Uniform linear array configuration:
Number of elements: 12
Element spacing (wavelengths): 1
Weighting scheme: exponential
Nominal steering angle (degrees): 15
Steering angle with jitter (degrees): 13.433
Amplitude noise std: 0.05
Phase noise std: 0.05

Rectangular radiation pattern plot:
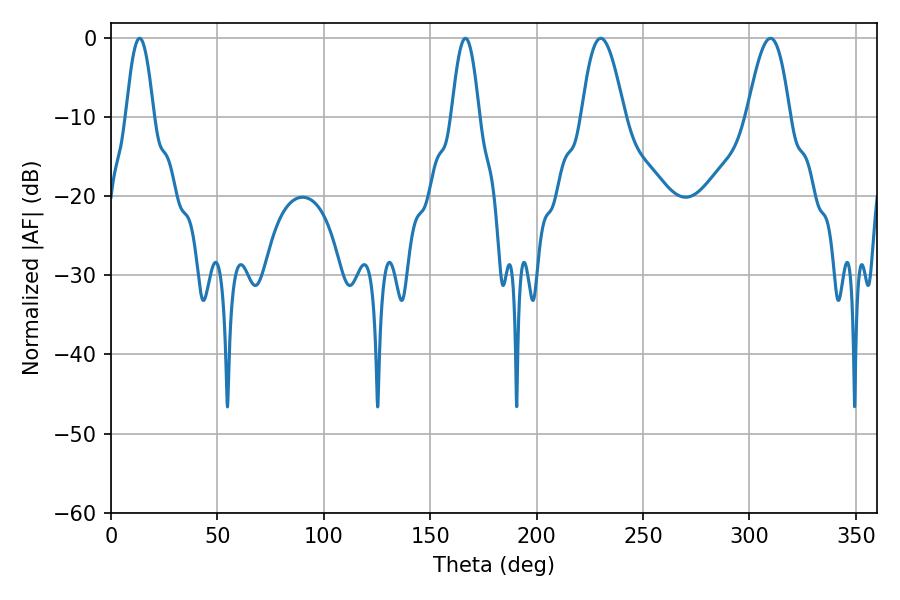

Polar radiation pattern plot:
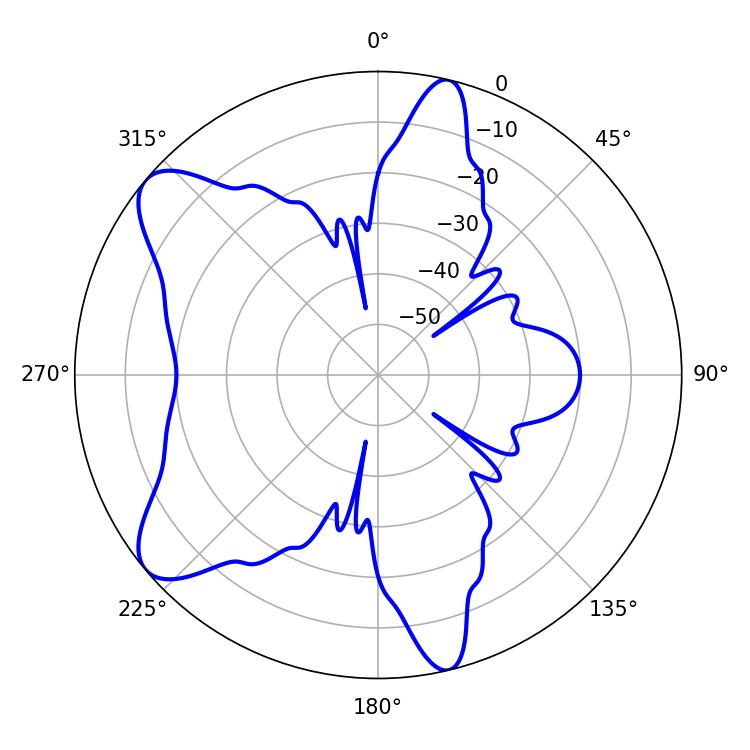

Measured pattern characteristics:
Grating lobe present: TRUE
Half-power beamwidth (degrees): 7.02
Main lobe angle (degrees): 13.5